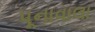
પૂનાવાલા